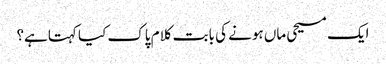
﻿ ایک مسیحی ماں ہونے کی بابت کلام پاک کیا کہتاہے؟